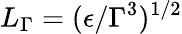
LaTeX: L_{\Gamma}=(\epsilon/\Gamma^{3})^{1/2}